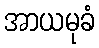
အာယမုခံ